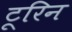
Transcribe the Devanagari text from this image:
टूरिन